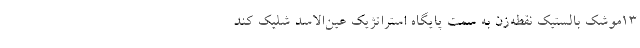
13موشک بالستیک نقطه‌زن به سمت پایگاه استراتژیک عین‌الاسد شلیک کند